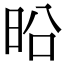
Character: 㫟